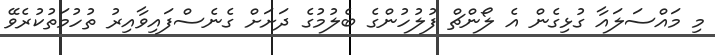
މި މައްސަލައާ ގުޅިގެން އެ ލޯންޗް ފުލުހުންގެ ބެލުމުގެ ދަށަށް ގެނެސްފައިވާއިރު ތުހުމަތުކުރެވޭ